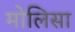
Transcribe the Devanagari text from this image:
मोलिसा